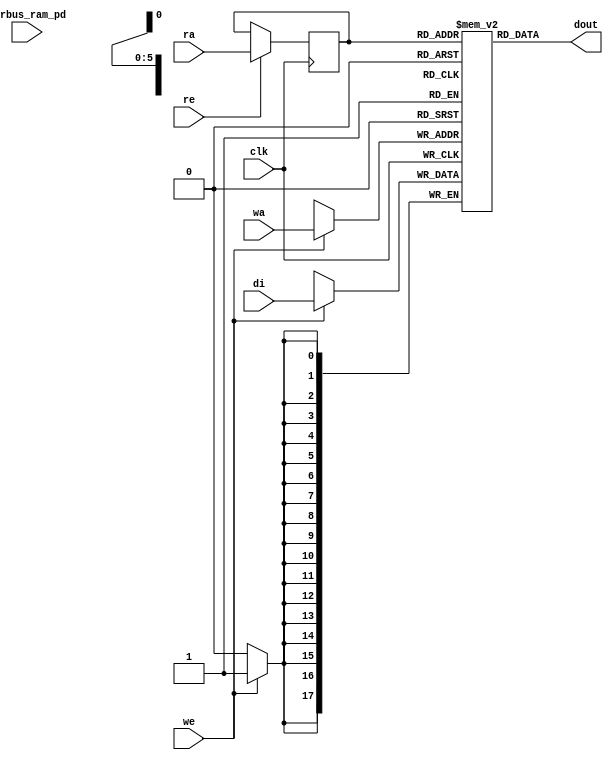
module nv_ram_rws_64x18 (
  clk,
  ra,
  re,
  dout,
  wa,
  we,
  di,
  pwrbus_ram_pd
);
parameter FORCE_CONTENTION_ASSERTION_RESET_ACTIVE=1'b0;
// port list
input clk;
input [5:0] ra;
input re;
output [17:0] dout;
input [5:0] wa;
input we;
input [17:0] di;
input [31:0] pwrbus_ram_pd;
//reg and wire list
reg [5:0] ra_d;
wire [17:0] dout;
reg [17:0] M [63:0];
always @( posedge clk ) begin
    if (we)
       M[wa] <= di;
end
always @( posedge clk ) begin
    if (re)
       ra_d <= ra;
end
assign dout = M[ra_d];
endmodule